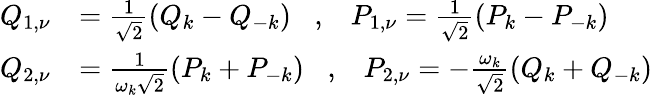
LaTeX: \begin{array}{rl}{Q_{1,\nu}}&{=\frac{1}{\sqrt{2}}(Q_{k}-Q_{-k})\; \; \; ,\; \; \; P_{1,\nu}=\frac{1}{\sqrt{2}}(P_{k}-P_{-k})}\\ {Q_{2,\nu}}&{=\frac{1}{\omega_{k}\sqrt{2}}(P_{k}+P_{-k})\; \; \; ,\; \; \; P_{2,\nu}=-\frac{\omega_{k}}{\sqrt{2}}(Q_{k}+Q_{-k})}\end{array}